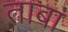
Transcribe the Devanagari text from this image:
ताबां